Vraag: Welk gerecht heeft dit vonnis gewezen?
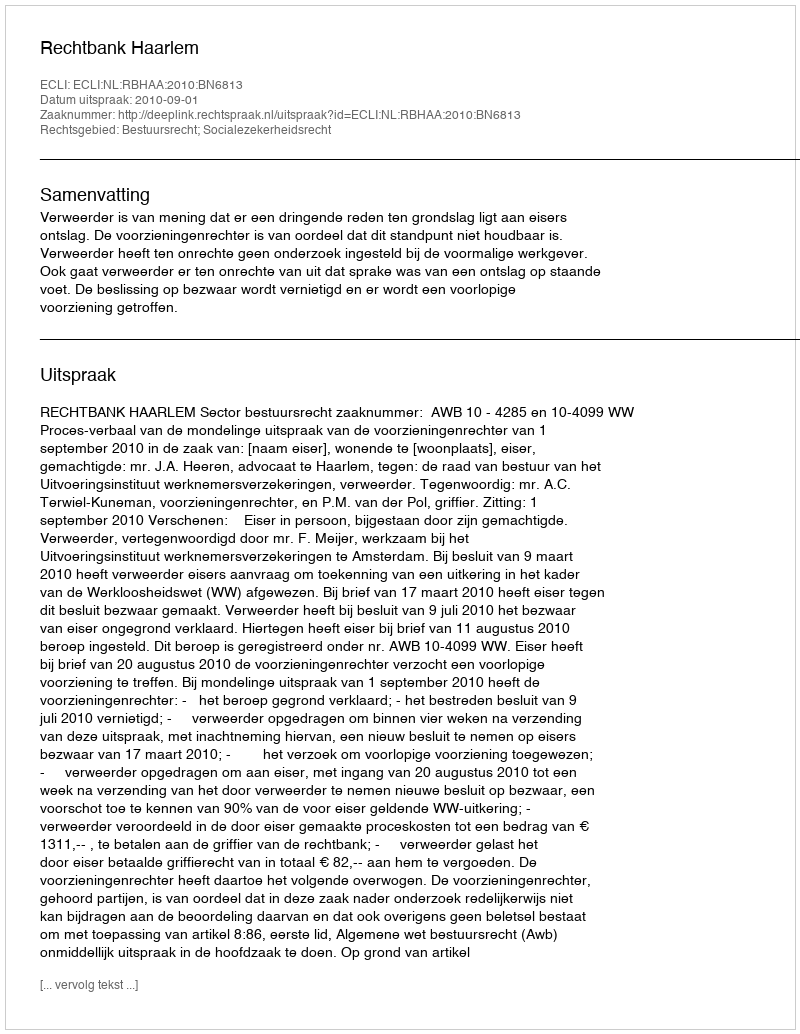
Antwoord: Rechtbank Haarlem